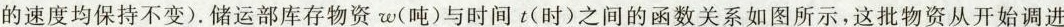
的速度均保持不变).储运部库存物资w(吨)与时间t(时)之间的函数关系如图所示，这批物资从开始调进